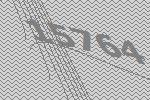
15764